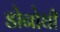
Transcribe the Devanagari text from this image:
डोनोघी